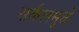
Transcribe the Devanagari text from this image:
सर्कलमुळे